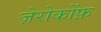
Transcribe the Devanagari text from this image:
ज़ेरोकोंफ़